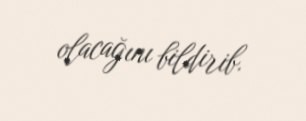
olacağını bildirib.